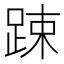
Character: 踈